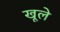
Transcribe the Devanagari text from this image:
खूले